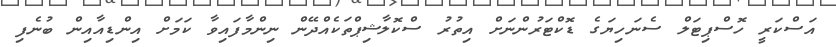
އަސްކަރީ ހޮސްޕިޓަލް ސެނަހިޔަގެ ޑޮކްޓަރުންނަށް އިތުރު ސްކޮލާޝިޕްތަކެއްދޭން ނިންމާފައިވާ ކަމަށް އިންޑިއާއިން ބުނެފި